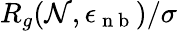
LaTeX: R_{g}(\mathcal{N},\epsilon_{\mathrm{{~n~b~}}})/\sigma